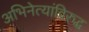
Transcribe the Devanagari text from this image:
अभिनेत्यांविरुद्ध